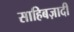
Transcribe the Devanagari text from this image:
साहिबज़ादी